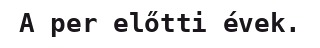
A per előtti évek.